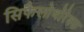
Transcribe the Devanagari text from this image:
सिफैलोथोरेक्स